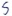
Text: S